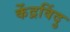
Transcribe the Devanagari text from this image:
केंद्रविंदु